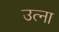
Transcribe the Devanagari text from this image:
उत्ना